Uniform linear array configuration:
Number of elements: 24
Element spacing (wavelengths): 0.75
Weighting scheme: uniform
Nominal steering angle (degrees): -60
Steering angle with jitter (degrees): -58.947
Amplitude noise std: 0.05
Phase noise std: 0.05

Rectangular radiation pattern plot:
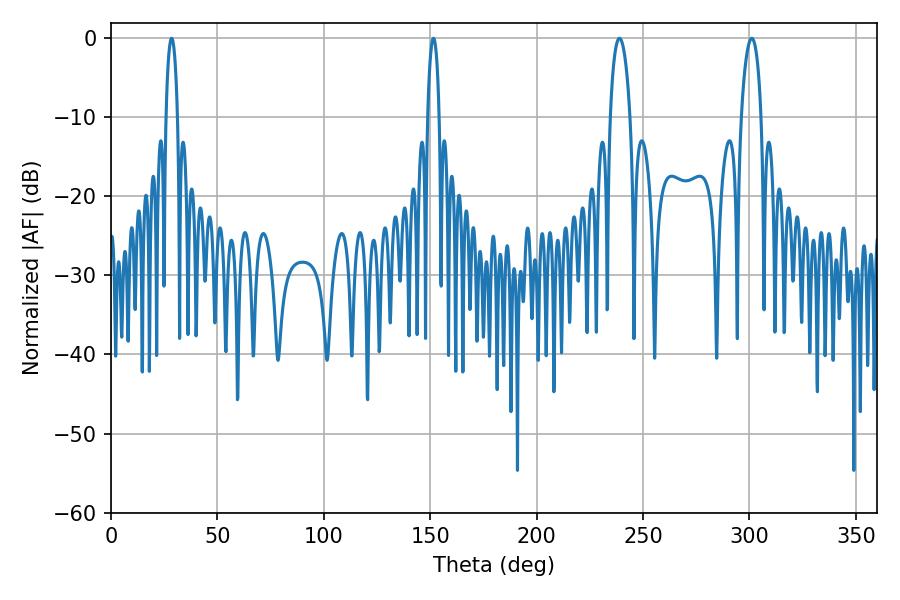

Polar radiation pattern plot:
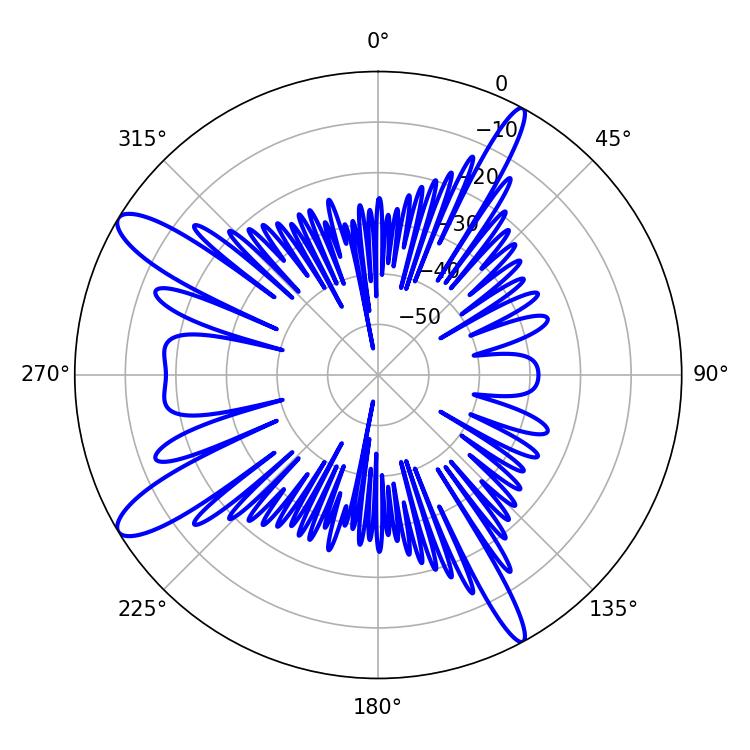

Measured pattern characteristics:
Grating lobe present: TRUE
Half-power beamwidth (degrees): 5.4
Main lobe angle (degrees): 238.86